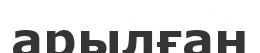
арылған